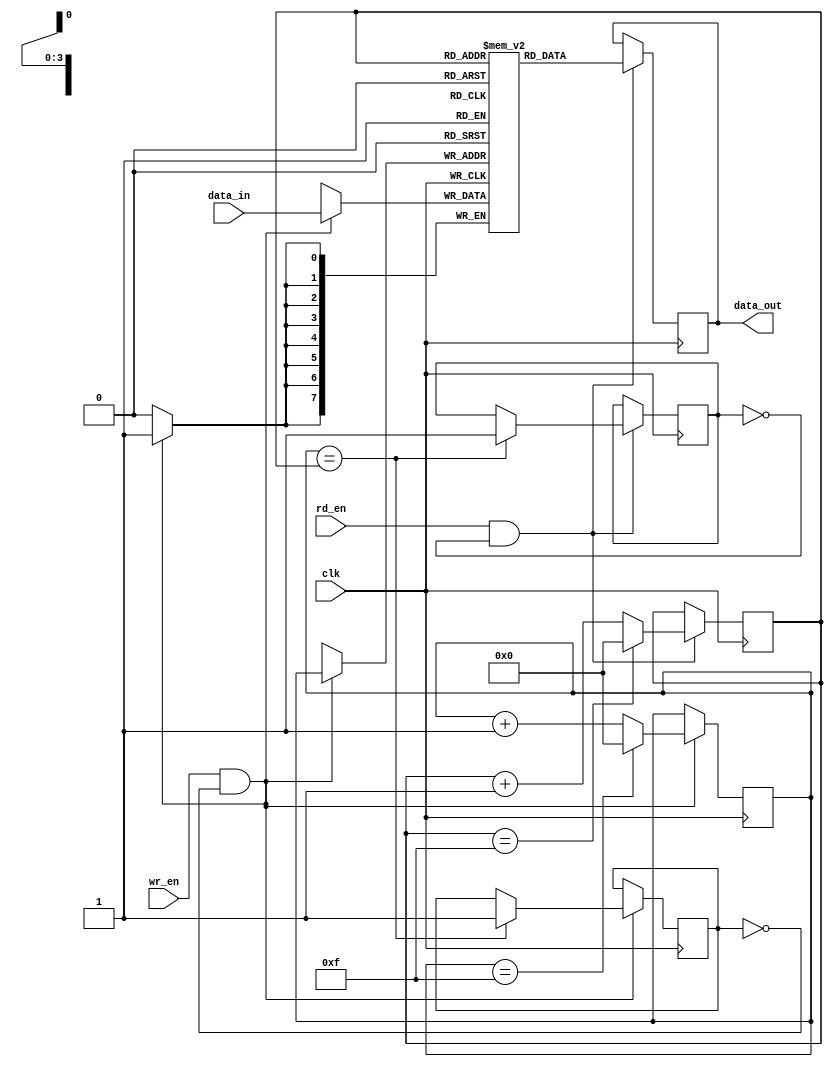
module fifo(
    input wire clk,
    input wire wr_en,
    input wire rd_en,
    input wire [7:0] data_in,
    output reg [7:0] data_out
);

parameter DEPTH = 16; // Depth of the FIFO
reg [7:0] memory [0:DEPTH-1]; // Memory array for storing data
reg [3:0] wr_ptr; // Write pointer
reg [3:0] rd_ptr; // Read pointer
reg full;
reg empty;

always @ (posedge clk) begin
    if (wr_en && !full) begin
        memory[wr_ptr] <= data_in;
        wr_ptr <= wr_ptr + 1;
        if (wr_ptr == DEPTH-1) begin
            wr_ptr <= 0;
        end
        if (wr_ptr == rd_ptr) begin
            full <= 1;
        end
    end
    
    if (rd_en && !empty) begin
        data_out <= memory[rd_ptr];
        rd_ptr <= rd_ptr + 1;
        if (rd_ptr == DEPTH-1) begin
            rd_ptr <= 0;
        end
        if (wr_ptr == rd_ptr) begin
            empty <= 1;
        end
    end
end

endmodule